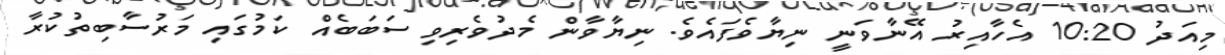
މިއަދު 10:20 އެހާއިރު އޭނާވަނީ ނިޔާވެފައެވެ. ނިޔާވާން މެދުވެރިވި ސަބަބެއް ކަމުގައި މަރުސާބިތުކުރާ